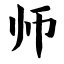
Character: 师